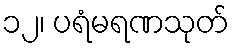
၁၂၊ ပရံမရဏသုတ်